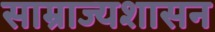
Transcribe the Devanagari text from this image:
साम्राज्यशासन